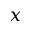
x